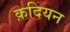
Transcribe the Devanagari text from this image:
क़दियन